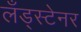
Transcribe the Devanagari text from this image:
लँड्स्टेनर